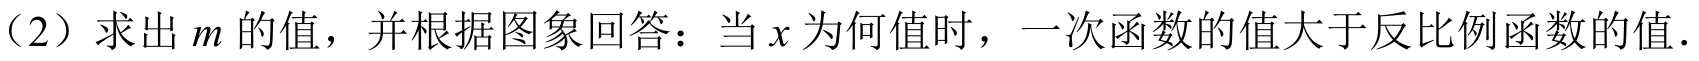
（2）求出\(m\)的值，并根据图象回答：当\(x\)为何值时，一次函数的值大于反比例函数的值.